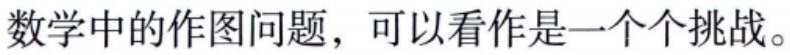
数学中的作图问题，可以看作是一个个挑战。